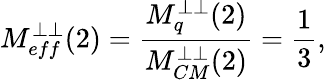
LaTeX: M_{eff}^{\perp\perp}(2)=\frac{M_{q}^{\perp\perp}(2)}{M_{CM}^{\perp\perp}(2)}=\frac{1}{3},